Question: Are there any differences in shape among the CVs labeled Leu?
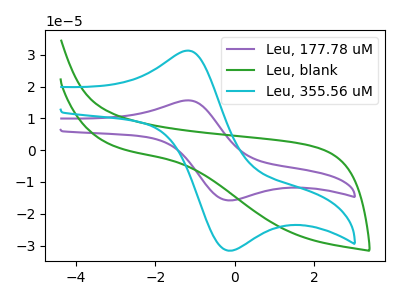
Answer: <think>The purple curve "Leu, 177.78 uM" has an anodic peak at (-1.20V, 15.65uA) and a cathodic peak at (-0.05V, -15.80uA). The green curve "Leu, blank" has no peaks. The cyan curve "Leu, 355.56 uM" has an anodic peak at (-1.20V, 31.25uA) and a cathodic peak at (-0.05V, -31.60uA).
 "Leu, 177.78 uM" and "Leu, blank" have a different number of peaks. All the peaks in "Leu, 177.78 uM" have a peak in "Leu, 355.56 uM" at the same potential. Every peak in "Leu, 177.78 uM" is lower than every peak in "Leu, 355.56 uM". "Leu, blank" and "Leu, 355.56 uM" have a different number of peaks.</think>
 <answer>All the CV's of "Leu" have similar shape.</answer>
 <eval>follow_rule</eval>